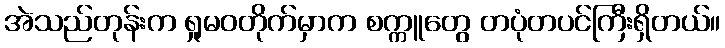
အဲသည်တုန်းက ရှုမဝတိုက်မှာက စက္ကူတွေ တပုံတပင်ကြီးရှိတယ်။